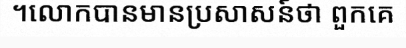
។លោកបានមានប្រសាសន៍ថា ពួកគេ